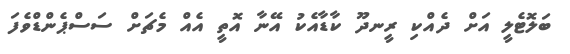
ބަލޮޓެލީ އަށް ދެއްކި ރީނދޫ ކާޑާއެކު އޭނާ އޮތީ އެއް މެޗަށް ސަސްޕެންޑްވެފަ